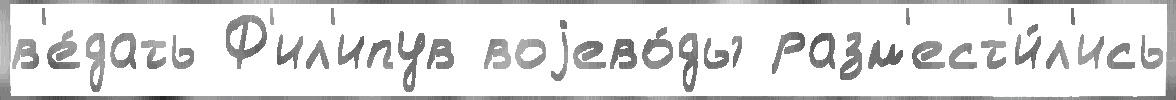
в'е́дать Ф'ил'ипув воjево́ды разм'ест'и́л'ись